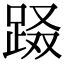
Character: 𨀝